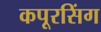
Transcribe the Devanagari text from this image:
कपूरसिंग